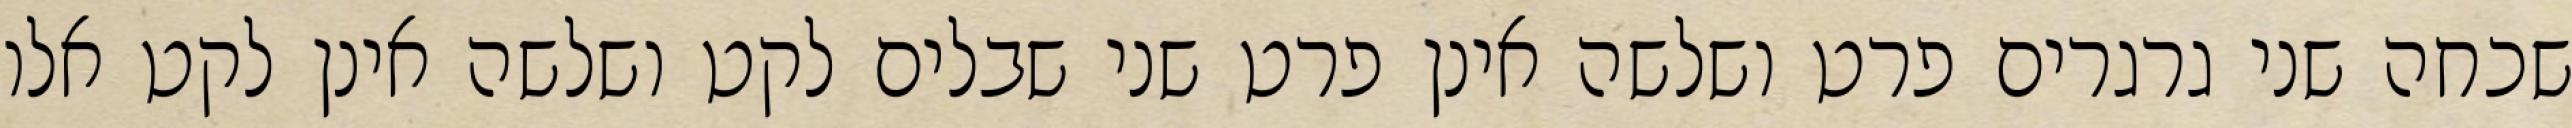
שכחה שני גרגרים פרט ושלשה אינן פרט שני שבלים לקט ושלשה אינן לקט אלו